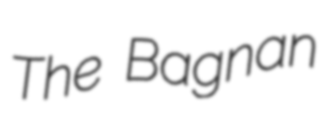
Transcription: The Bagnan